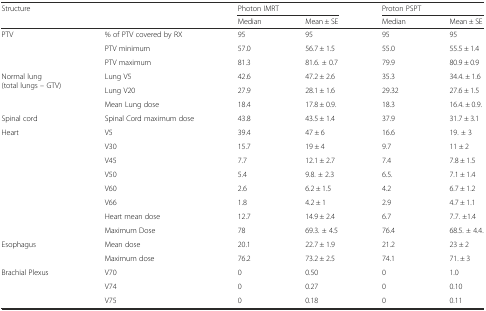
| <ROWSPAN=2> Structure | <ROWSPAN=2>  | <COLSPAN=2> Photon IMRT | <COLSPAN=2> Proton PSPT |
 | Median | Mean ± SE | Median | Mean ± SE |
 | --- | --- | --- | --- | --- | --- |
 | <ROWSPAN=3> PTV | % of PTV covered by RX | 95 | 95 | 95 | 95 |
 | PTV minimum | 57.0 | 56.7 ± 1.5 | 55.0 | 55.5 ± 1.4 |
 | PTV maximum | 81.3 | 81.6. ± 0.7 | 79.9 | 80.9 ± 0.9 |
 | <ROWSPAN=3> Normal lung (total lungs – GTV) | Lung V5 | 42.6 | 47.2 ± 2.6 | 35.3 | 34.4. ± 1.6 |
 | Lung V20 | 27.9 | 28.1 ± 1.6 | 29.32 | 27.6 ± 1.5 |
 | Mean Lung dose | 18.4 | 17.8 ± 0.9. | 18.3 | 16.4. ± 0.9. |
 | Spinal cord | Spinal Cord maximum dose | 43.8 | 43.5 ± 1.4 | 37.9 | 31.7 ± 3.1 |
 | <ROWSPAN=8> Heart | V5 | 39.4 | 47 ± 6 | 16.6 | 19. ± 3 |
 | V30 | 15.7 | 19 ± 4 | 9.7 | 11 ± 2 |
 | V45 | 7.7 | 12.1 ± 2.7 | 7.4 | 7.8 ± 1.5 |
 | V50 | 5.4 | 9.8. ± 2.3 | 6.5. | 7.1 ± 1.4 |
 | V60 | 2.6 | 6.2 ± 1.5 | 4.2 | 6.7 ± 1.2 |
 | V66 | 1.8 | 4.2 ± 1 | 2.9 | 4.7 ± 1.1 |
 | Heart mean dose | 12.7 | 14.9 ± 2.4 | 6.7 | 7.7. ±1.4 |
 | Maximum Dose | 78 | 69.3. ± 4.5 | 76.4 | 68.5. ± 4.4. |
 | <ROWSPAN=2> Esophagus | Mean dose | 20.1 | 22.7 ± 1.9 | 21.2 | 23 ± 2 |
 | Maximum dose | 76.2 | 73.2 ± 2.5 | 74.1 | 71. ± 3 |
 | <ROWSPAN=3> Brachial Plexus | V70 | 0 | 0.50 | 0 | 1.0 |
 | V74 | 0 | 0.27 | 0 | 0.10 |
 | V75 | 0 | 0.18 | 0 | 0.11 |